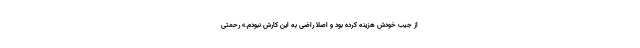
از جیب خودش هزینه کرده بود و اصلا راضی به این کارش نبودم.» رحمتی